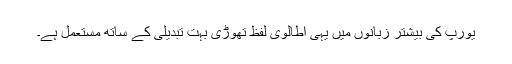
یورپ کی بیشتر زبانوں میں یہی اطالوی لفظ تھوڑی بہت تبدیلی کے ساتھ مستعمل ہے۔